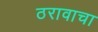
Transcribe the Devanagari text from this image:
ठरावाचा